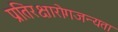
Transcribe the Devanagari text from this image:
प्रतिरक्षारोगजन्यता